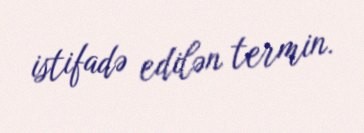
istifadə edilən termin.